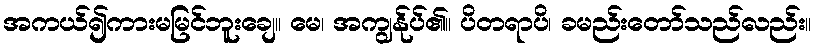
အကယ်၍ကားမမြင်ဘူးချေ။ မေ၊ အကျွန်ုပ်၏။ ပိတရာပိ၊ ခမည်းတော်သည်လည်း။